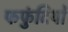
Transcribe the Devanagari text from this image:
फफुंदियों